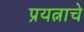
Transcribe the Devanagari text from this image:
प्रयत्नाचे